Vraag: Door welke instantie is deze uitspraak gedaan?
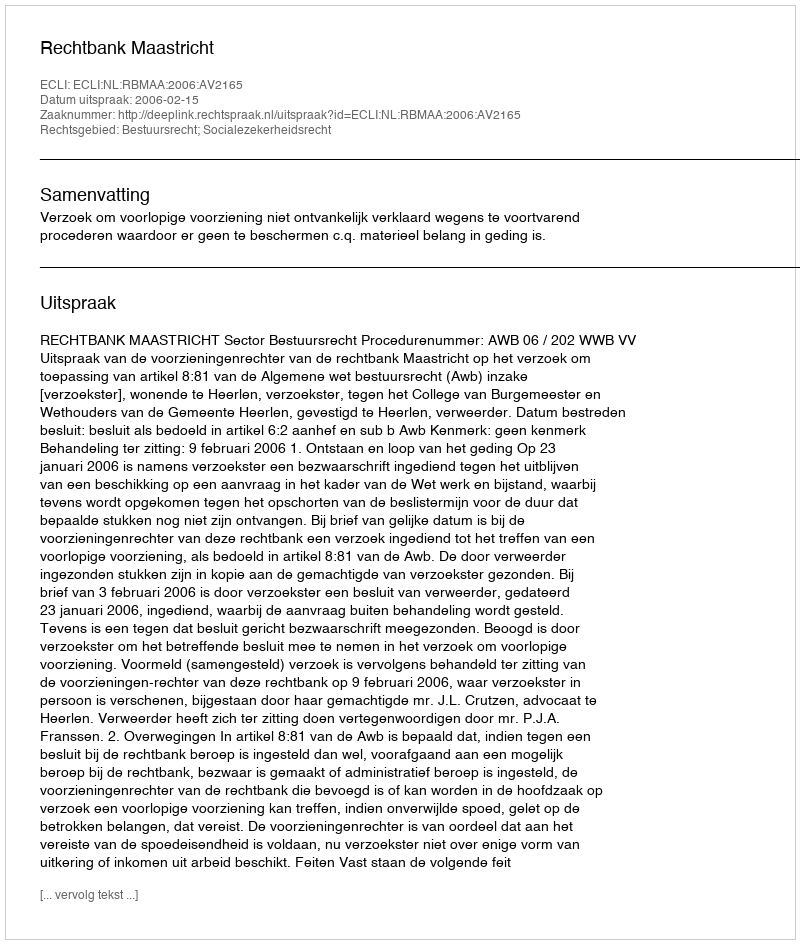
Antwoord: Rechtbank Maastricht